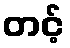
တင့်